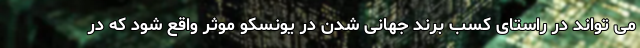
می تواند در راستای کسب برند جهانی شدن در یونسکو موثر واقع شود که در